Ridala_vallavalitsus, lk 1
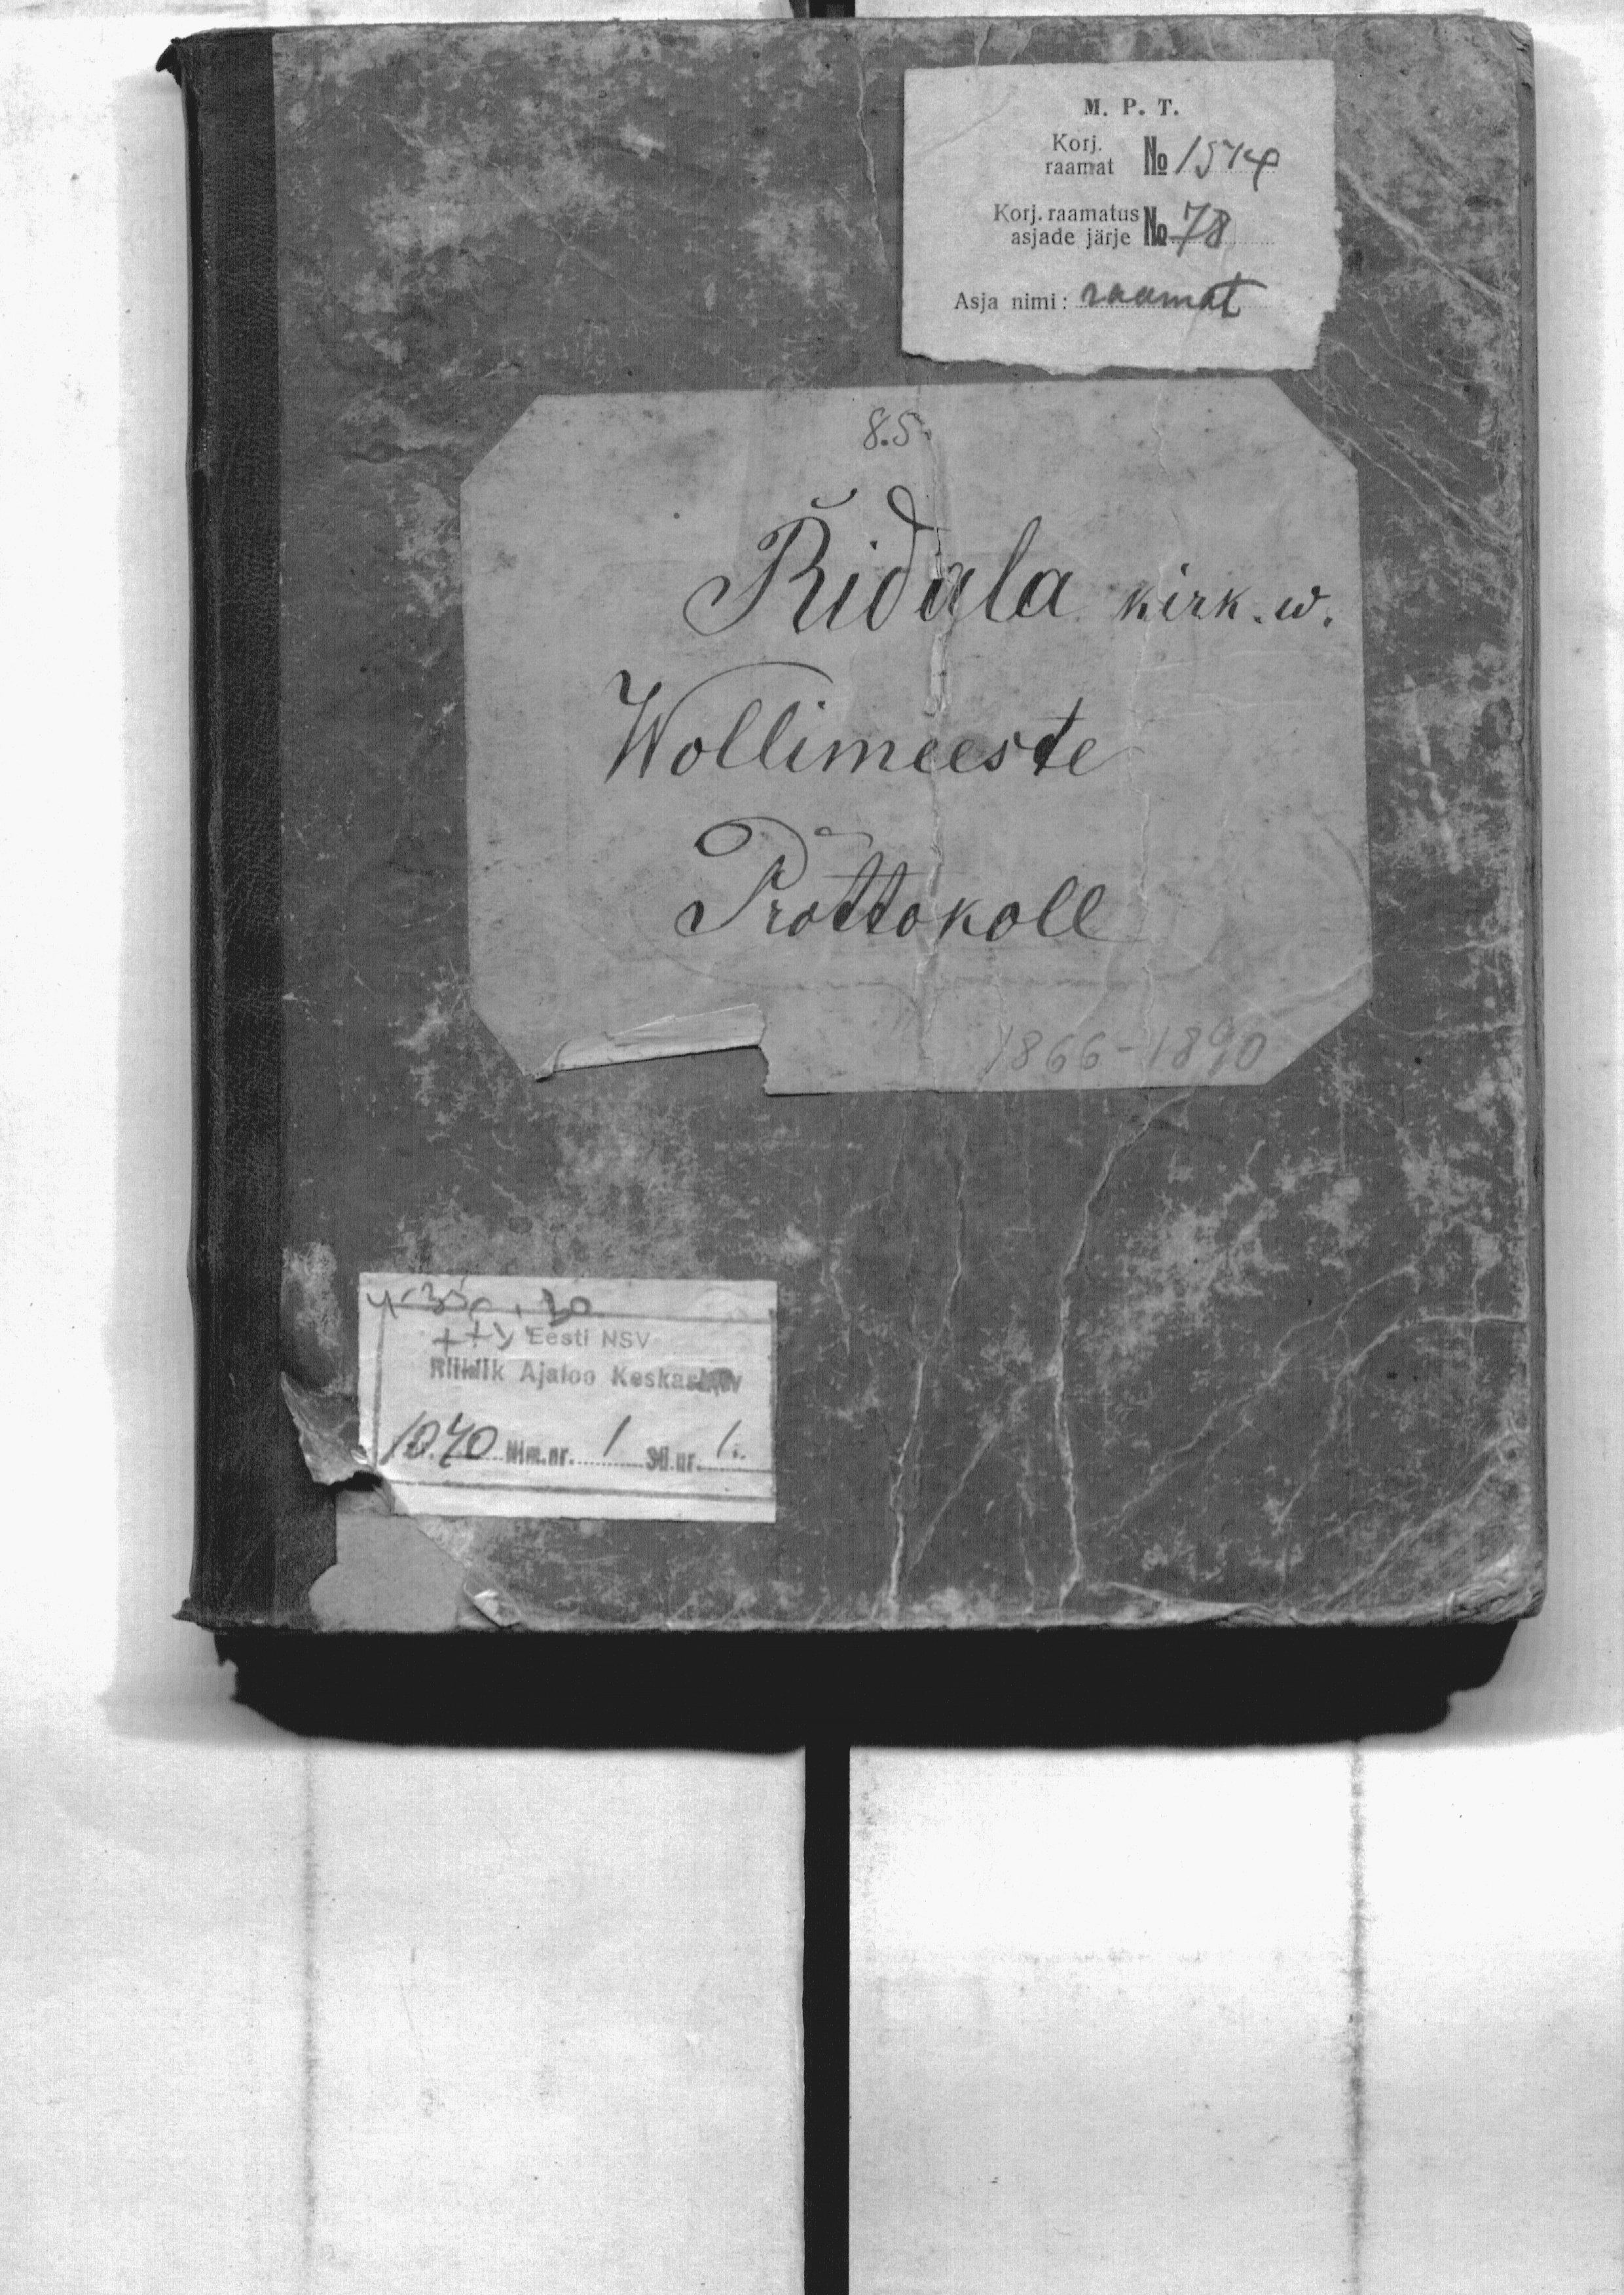
M.P.T.
Korj.
raamat No 1574
Korj. raamatus
asjade järje No 78
Asja nimi: raamat
Ridala kirk. w.
Wollimeeste
Protokoll
1866-1890
Eesti NSV
Riiklik Ajaloo Keskarhiiv
1040 Nim. nr. 1 Sü. nr. 1